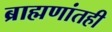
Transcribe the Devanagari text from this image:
ब्राह्मणांतही